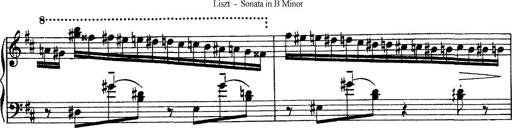
Title: Piano Sonata
Composer: Karl HÃ¤ssler
Key: C major